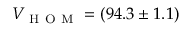
V _ { \mathrm { ~ H ~ O ~ M ~ } } = ( 9 4 . 3 \pm 1 . 1 ) \